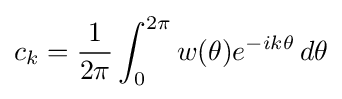
c_{k}={\frac {1}{2\pi }}\int _{0}^{2\pi }w(\theta )e^{-ik\theta }\,d\theta